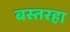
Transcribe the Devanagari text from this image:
बस्तरहा